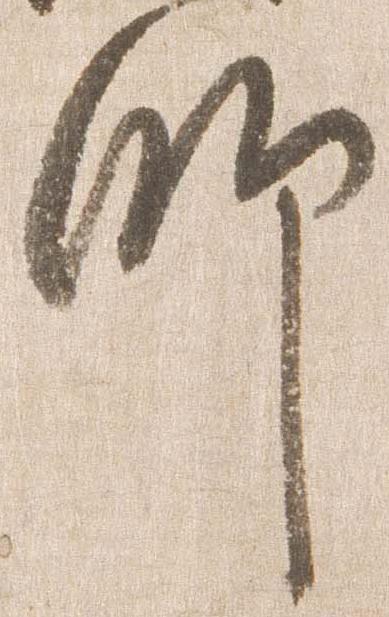
師